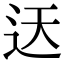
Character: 迗